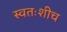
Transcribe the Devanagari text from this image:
स्वतःशीच